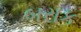
બરાક